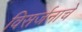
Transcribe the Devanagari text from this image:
विसर्जनाचे